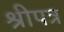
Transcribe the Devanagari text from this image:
श्रीपत्र